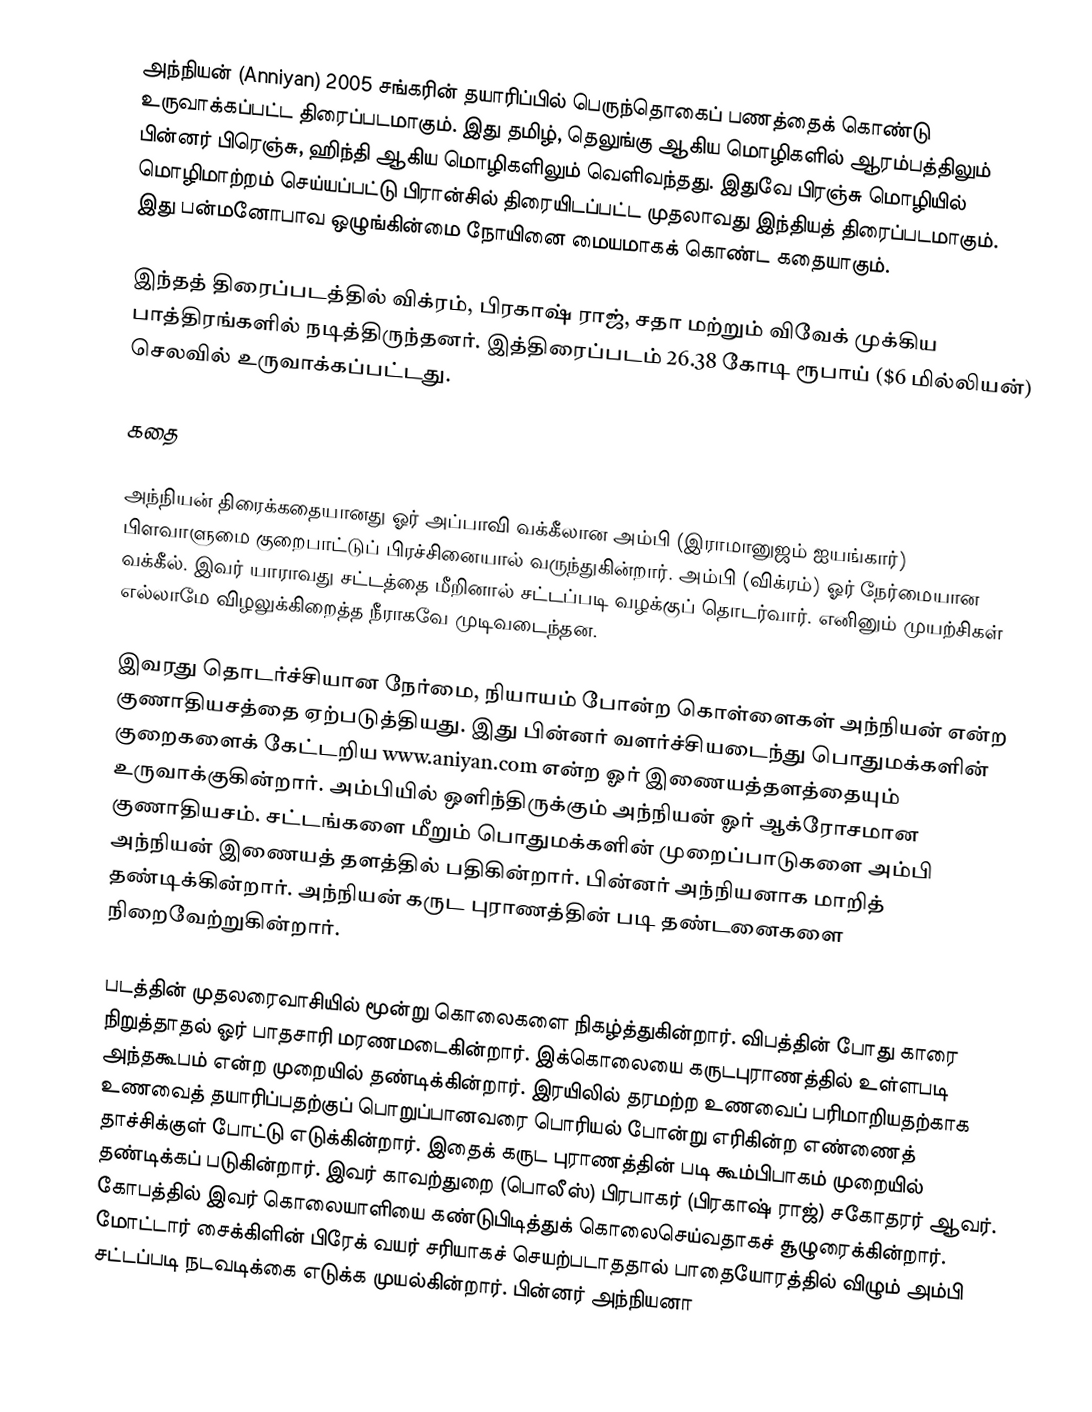
அந்நியன் (Anniyan) 2005 சங்கரின் தயாரிப்பில் பெருந்தொகைப் பணத்தைக் கொண்டு உருவாக்கப்பட்ட திரைப்படமாகும். இது தமிழ், தெலுங்கு ஆகிய மொழிகளில் ஆரம்பத்திலும் பின்னர் பிரெஞ்சு, ஹிந்தி ஆகிய மொழிகளிலும் வெளிவந்தது. இதுவே பிரஞ்சு மொழியில் மொழிமாற்றம் செய்யப்பட்டு பிரான்சில் திரையிடப்பட்ட முதலாவது இந்தியத் திரைப்படமாகும். இது பன்மனோபாவ ஒழுங்கின்மை நோயினை மையமாகக் கொண்ட கதையாகும்.

இந்தத் திரைப்படத்தில் விக்ரம், பிரகாஷ் ராஜ், சதா மற்றும் விவேக் முக்கிய பாத்திரங்களில் நடித்திருந்தனர். இத்திரைப்படம் 26.38 கோடி ரூபாய் ($6 மில்லியன்) செலவில் உருவாக்கப்பட்டது.

கதை

அந்நியன் திரைக்கதையானது ஓர் அப்பாவி வக்கீலான அம்பி (இராமானுஜம் ஐயங்கார்) பிளவாளுமை குறைபாட்டுப் பிரச்சினையால் வருந்துகின்றார். அம்பி (விக்ரம்) ஓர் நேர்மையான வக்கீல். இவர் யாராவது சட்டத்தை மீறினால் சட்டப்படி வழக்குப் தொடர்வார்.   எனினும் முயற்சிகள் எல்லாமே விழலுக்கிறைத்த நீராகவே முடிவடைந்தன.

இவரது தொடர்ச்சியான நேர்மை, நியாயம் போன்ற கொள்ளைகள் அந்நியன் என்ற குணாதியசத்தை ஏற்படுத்தியது. இது பின்னர் வளர்ச்சியடைந்து பொதுமக்களின் குறைகளைக் கேட்டறிய www.aniyan.com என்ற ஓர் இணையத்தளத்தையும் உருவாக்குகின்றார். அம்பியில் ஒளிந்திருக்கும் அந்நியன் ஓர் ஆக்ரோசமான குணாதியசம். சட்டங்களை மீறும் பொதுமக்களின் முறைப்பாடுகளை அம்பி அந்நியன் இணையத் தளத்தில் பதிகின்றார். பின்னர் அந்நியனாக மாறித் தண்டிக்கின்றார். அந்நியன் கருட புராணத்தின் படி தண்டனைகளை நிறைவேற்றுகின்றார்.

படத்தின் முதலரைவாசியில் மூன்று கொலைகளை நிகழ்த்துகின்றார். விபத்தின் போது காரை நிறுத்தாதல் ஓர் பாதசாரி மரணமடைகின்றார். இக்கொலையை கருடபுராணத்தில் உள்ளபடி அந்தகூபம் என்ற முறையில் தண்டிக்கின்றார். இரயிலில் தரமற்ற உணவைப் பரிமாறியதற்காக உணவைத் தயாரிப்பதற்குப் பொறுப்பானவரை பொரியல் போன்று எரிகின்ற எண்ணைத் தாச்சிக்குள் போட்டு எடுக்கின்றார். இதைக் கருட புராணத்தின் படி கூம்பிபாகம் முறையில் தண்டிக்கப் படுகின்றார். இவர் காவற்துறை (பொலீஸ்) பிரபாகர் (பிரகாஷ் ராஜ்) சகோதரர் ஆவர். கோபத்தில் இவர் கொலையாளியை கண்டுபிடித்துக் கொலைசெய்வதாகச் சூழுரைக்கின்றார். மோட்டார் சைக்கிளின் பிரேக் வயர் சரியாகச் செயற்படாததால் பாதையோரத்தில் விழும் அம்பி சட்டப்படி நடவடிக்கை எடுக்க முயல்கின்றார். பின்னர் அந்நியனா